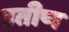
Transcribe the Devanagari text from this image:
उतीण